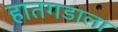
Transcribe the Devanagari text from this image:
हातगडाला